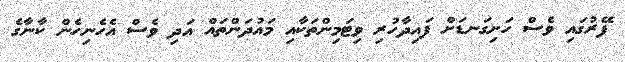
ފޭރުގައި ވެސް ހަށިގަނޑަށް ފައިދާހުރި ވިޓަމިންތަކާއި މައުދަންތައް އަދި ވެސް އެހެނިހެން ކާނާގެ